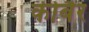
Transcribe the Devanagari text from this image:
कीबैर